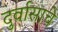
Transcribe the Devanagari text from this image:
दुर्वासाचे